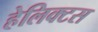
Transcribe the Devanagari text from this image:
हेलिक्टस